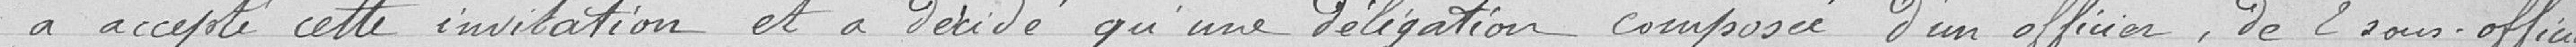
a accepté cette invitation et a décidé qu'un délégation composée d'un officier, de 2 sous-officiers,